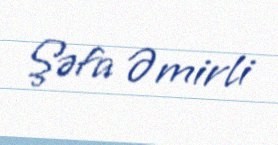
Şəfa Əmirli